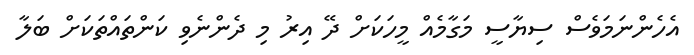
އެހެންނަމަވެސް ސިޔާސީ މަގާމެއް މީހަކަށް ދޭ އިރު މި ދެންނެވި ކަންތައްތަކަށް ބަލާ